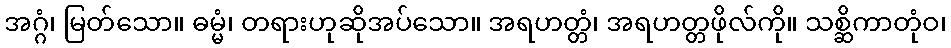
အဂ္ဂံ၊ မြတ်သော။ ဓမ္မံ၊ တရားဟုဆိုအပ်သော။ အရဟတ္တံ၊ အရဟတ္တဖိုလ်ကို။ သစ္ဆိကာတုံဝ၊